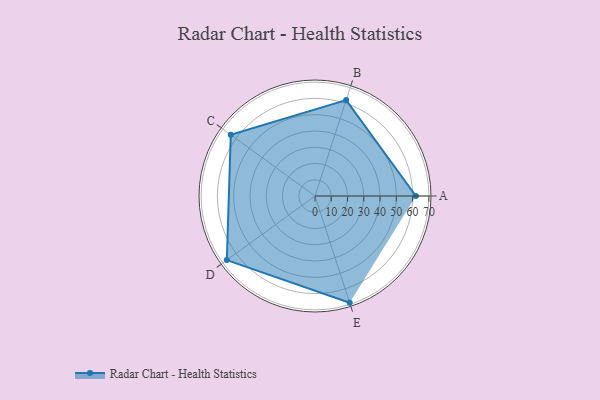
{"axis": {"x": "Skill", "y": "Score"}, "legend": ["Profile"], "data": [{"x": "A", "y": 62.0, "type": "Profile"}, {"x": "B", "y": 62.0, "type": "Profile"}, {"x": "C", "y": 64.0, "type": "Profile"}, {"x": "D", "y": 67.0, "type": "Profile"}, {"x": "E", "y": 69.0, "type": "Profile"}]}